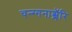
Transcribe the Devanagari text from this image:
चन्ग्गनाश्शॅरि